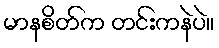
မာနစိတ်က တင်းကနဲပဲ။